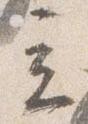
立